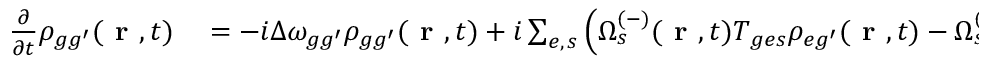
\begin{array} { r l } { \frac { \partial } { \partial t } \rho _ { { g g ^ { \prime } } } ( \textbf { r } , t ) } & { { } = - i \Delta \omega _ { { g g ^ { \prime } } } \rho _ { { g g ^ { \prime } } } ( \textbf { r } , t ) + i \sum _ { e , \, s } \left( \Omega _ { s } ^ { ( - ) } ( \textbf { r } , t ) T _ { { g e } s } \rho _ { { e g ^ { \prime } } } ( \textbf { r } , t ) - \Omega _ { s } ^ { ( + ) } ( \textbf { r } , t ) \rho _ { { g e } } ( \textbf { r } , t ) T _ { { e g ^ { \prime } } s } \right) } \end{array}